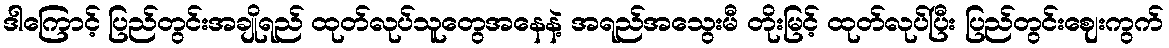
ဒါကြောင့် ပြည်တွင်းအချိုရည် ထုတ်လုပ်သူတွေအနေနဲ့ အရည်အသွေးမီ တိုးမြင့် ထုတ်လုပ်ပြီး ပြည်တွင်းဈေးကွက်